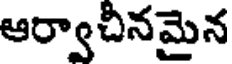
ఆర్వాచీనమైన